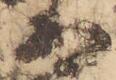
者